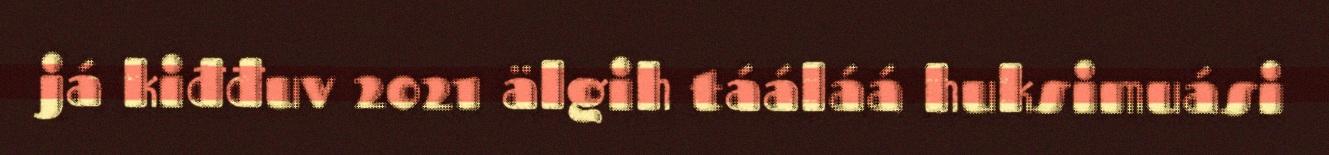
já kiđđuv 2021 älgih tááláá huksimuási